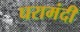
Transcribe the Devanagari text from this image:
घरामंदी